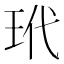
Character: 玳